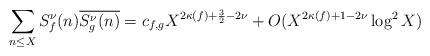
LaTeX: \begin{align*} \sum_{n \leq X} S_f^\nu(n)\overline{S_g^\nu(n)} = c_{f,g} X^{2\kappa(f) + \frac{3}{2} - 2\nu} + O(X^{2\kappa(f) + 1 - 2\nu}\log^2 X) \end{align*}